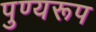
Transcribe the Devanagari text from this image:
पुण्यरूप